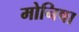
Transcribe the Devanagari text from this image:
मोनिषा